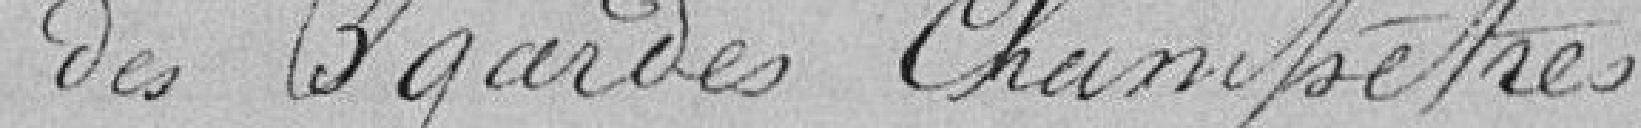
4 - traitement et habillement des gardes champêtres